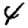
Digit: 4